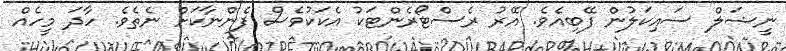
ނީޝަލް ސައިކަލުން ފޭބިއެވެ. އޭރު ރެސްޓޯރެންޓަކު އެކަކުވެސް ފެންނާކަށް ނެތެވެ. ހާދަ މީހެއް